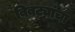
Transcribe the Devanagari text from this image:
बिबट्यांचा